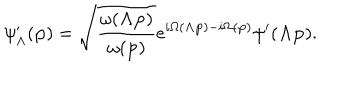
\psi _ { \Lambda } ^ { \prime } ( { \bf p } ) = \sqrt { \frac { \omega ( { { \bf \Lambda p } } ) } { \omega ( { \bf p } ) } } e ^ { i \Omega ( { \bf \Lambda p } ) - i \Omega ( { \bf p } ) } \psi ^ { \prime } ( { \bf \Lambda p } ) .